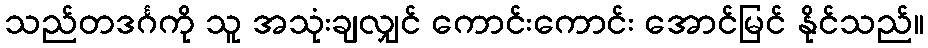
သည်တဒင်္ဂကို သူ အသုံးချလျှင် ကောင်းကောင်း အောင်မြင် နိုင်သည်။